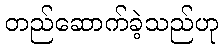
တည်ဆောက်ခဲ့သည်ဟု